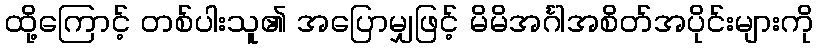
ထို့ကြောင့် တစ်ပါးသူ၏ အပြောမျှဖြင့် မိမိအင်္ဂါအစိတ်အပိုင်းများကို